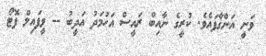
ވަނީ އަންގާފައެވެ. ކުރީގެ ނާއިބް ރައީސް އަހުމަދު އަދީބު -- ވީފައިލް ފޮޓޯ